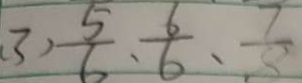
( 3 ) \frac { 5 } { 6 } 、 \frac { 6 } { 6 } 、 \frac { 7 } { 8 }